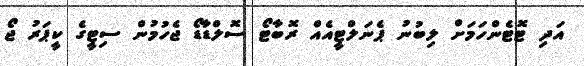
އަދި ޓޮޓެންހަމަށް ލިބުނު ޕެނަލްޓީއެއް ރޮބާޓޯ ސޮލްޑާޑޯ ޖެހުމުން ސިޓީގެ ކީޕަރު ޖޯ